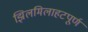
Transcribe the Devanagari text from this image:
झिलमिलाहटपूर्ण